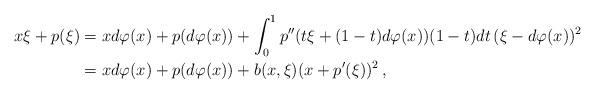
LaTeX: \begin{align*} x\xi + p(\xi) & = x d\varphi(x) + p(d\varphi(x)) + \int_0^1p''(t\xi +(1-t)d\varphi(x))(1-t) dt \, (\xi -d\varphi(x))^2 \\& = x d\varphi(x) + p(d\varphi(x)) + b(x,\xi) (x+p'(\xi))^2 \, ,\end{align*}